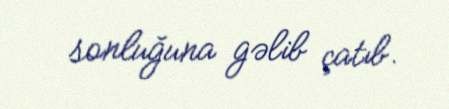
sonluğuna gəlib çatıb.